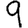
Digit: 9